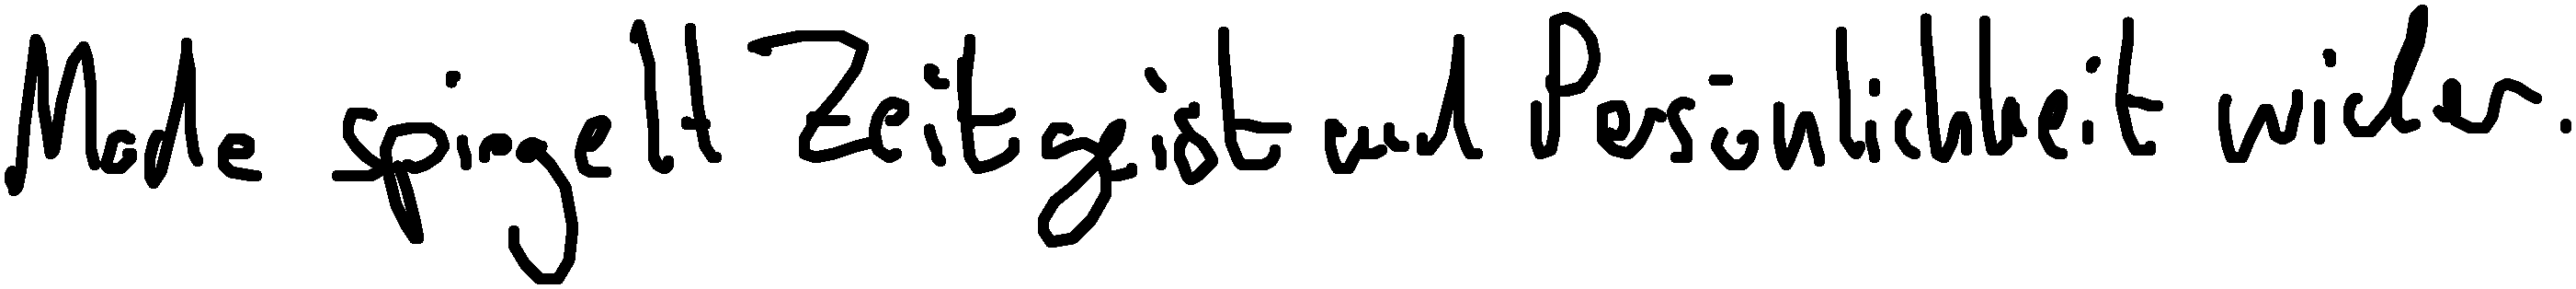
Mode spiegelt Zeitgeist und Persönlichkeit wider.